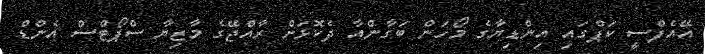
އޭއެފްސީ ކަޕްގައި އިންޑިޔާގެ މޯހަން ބަގާންއާ ދެކޮޅަށް ރާއްޖޭގެ މާޒިޔާ ސްޕޯޓްސް އެންޑް